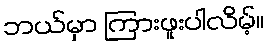
ဘယ်မှာ ကြားဖူးပါလိမ့်။